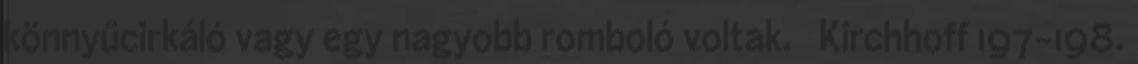
könnyűcirkáló vagy egy nagyobb romboló voltak. ↑ Kirchhoff 197-198.